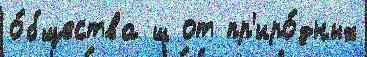
о́бщества ш от пр'иро́дных